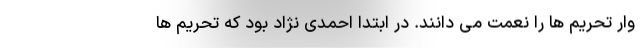
وار تحریم ها را نعمت می دانند. در ابتدا احمدی نژاد بود که تحریم ها